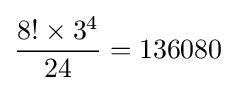
{\frac {8!\times 3^{4}}{24}}=136080